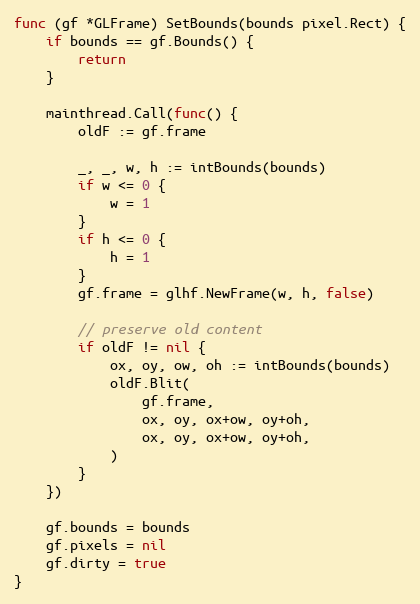
Language: Go
func (gf *GLFrame) SetBounds(bounds pixel.Rect) {
	if bounds == gf.Bounds() {
		return
	}

	mainthread.Call(func() {
		oldF := gf.frame

		_, _, w, h := intBounds(bounds)
		if w <= 0 {
			w = 1
		}
		if h <= 0 {
			h = 1
		}
		gf.frame = glhf.NewFrame(w, h, false)

		// preserve old content
		if oldF != nil {
			ox, oy, ow, oh := intBounds(bounds)
			oldF.Blit(
				gf.frame,
				ox, oy, ox+ow, oy+oh,
				ox, oy, ox+ow, oy+oh,
			)
		}
	})

	gf.bounds = bounds
	gf.pixels = nil
	gf.dirty = true
}